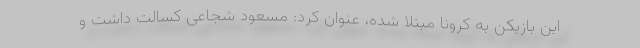
این بازیکن به کرونا مبتلا شده، عنوان کرد: مسعود شجاعی کسالت داشت و